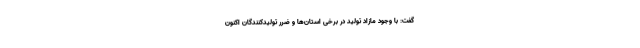
گفت: با وجود مازاد تولید در برخی استان‌ها و ضرر تولیدکنندگان اکنون